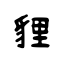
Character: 貍